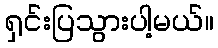
ရှင်းပြသွားပါ့မယ်။